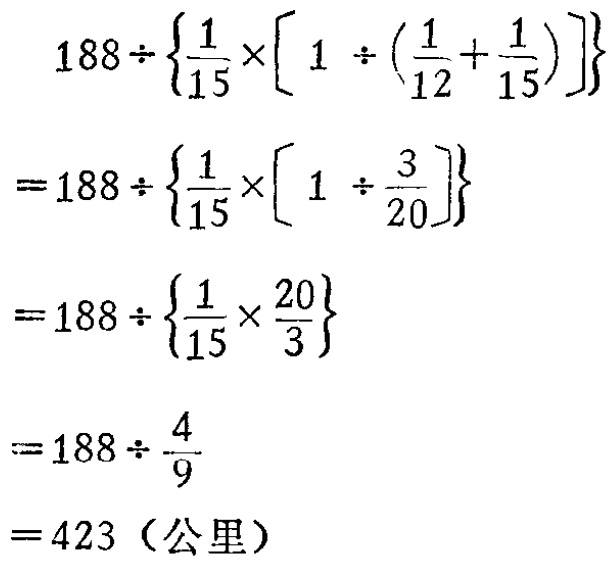
\[

\begin{align*}

&188\div\left\{\frac{1}{15}\times\left[1\div\left(\frac{1}{12}+\frac{1}{15}\right)\right]\right\}\\

=&188\div\left\{\frac{1}{15}\times\left[1\div\frac{3}{20}\right]\right\}\\

=&188\div\left\{\frac{1}{15}\times\frac{20}{3}\right\}\\

=&188\div\frac{4}{9}\\

=&423 \text{（公里）}

\end{align*}

\]